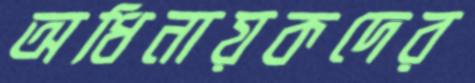
অধিনায়কদের